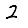
Digit: 2